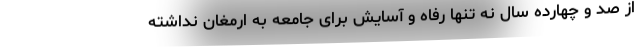
از صد و چهارده سال نه تنها رفاه و آسایش برای جامعه به ارمغان نداشته